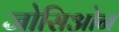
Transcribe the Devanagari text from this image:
जोसिओन